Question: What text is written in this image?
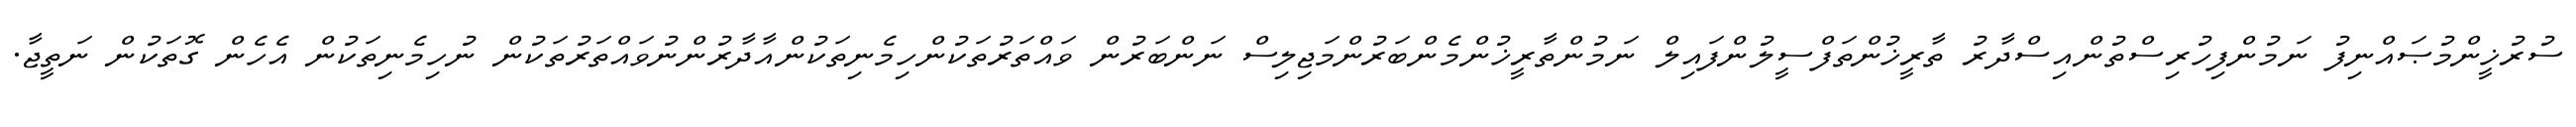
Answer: ސުރުޚީންމުޞައްނިފު ނަމުންފިހުރިސްތުންއިސްދާރު ތާރީޚުންތަފްސީލުންފައިލް ނަމުންތާރީޚުންމެންބަރުންމަޖިލިސް ނަންބަރުން ވައްތަރުތަކުންހިމެނިތަކުންއާދާރުންނުވައްތަރުތަކުން ނުހިމެނިތަކުން އެހެން ގޮތަކުން ނަތީޖާ.